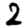
Digit: 2